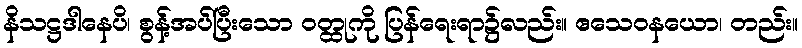
နိသဋ္ဌဒါနေပိ၊ စွန့်အပ်ပြီးသော ဝတ္ထုကို ပြန်ရေးရာ၌လည်း။ ဧသေဝနယော၊ တည်း။